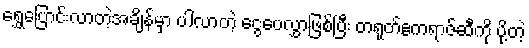
ရွှေ့ပြောင်းလာတဲ့အချိန်မှာ ပါလာတဲ့ ငွေပေလွှာဖြစ်ပြီး တရုတ်ဧကရာဇ်ဆီကို ပို့တဲ့